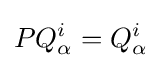
PQ_{\alpha }^{i}=Q_{\alpha }^{i}